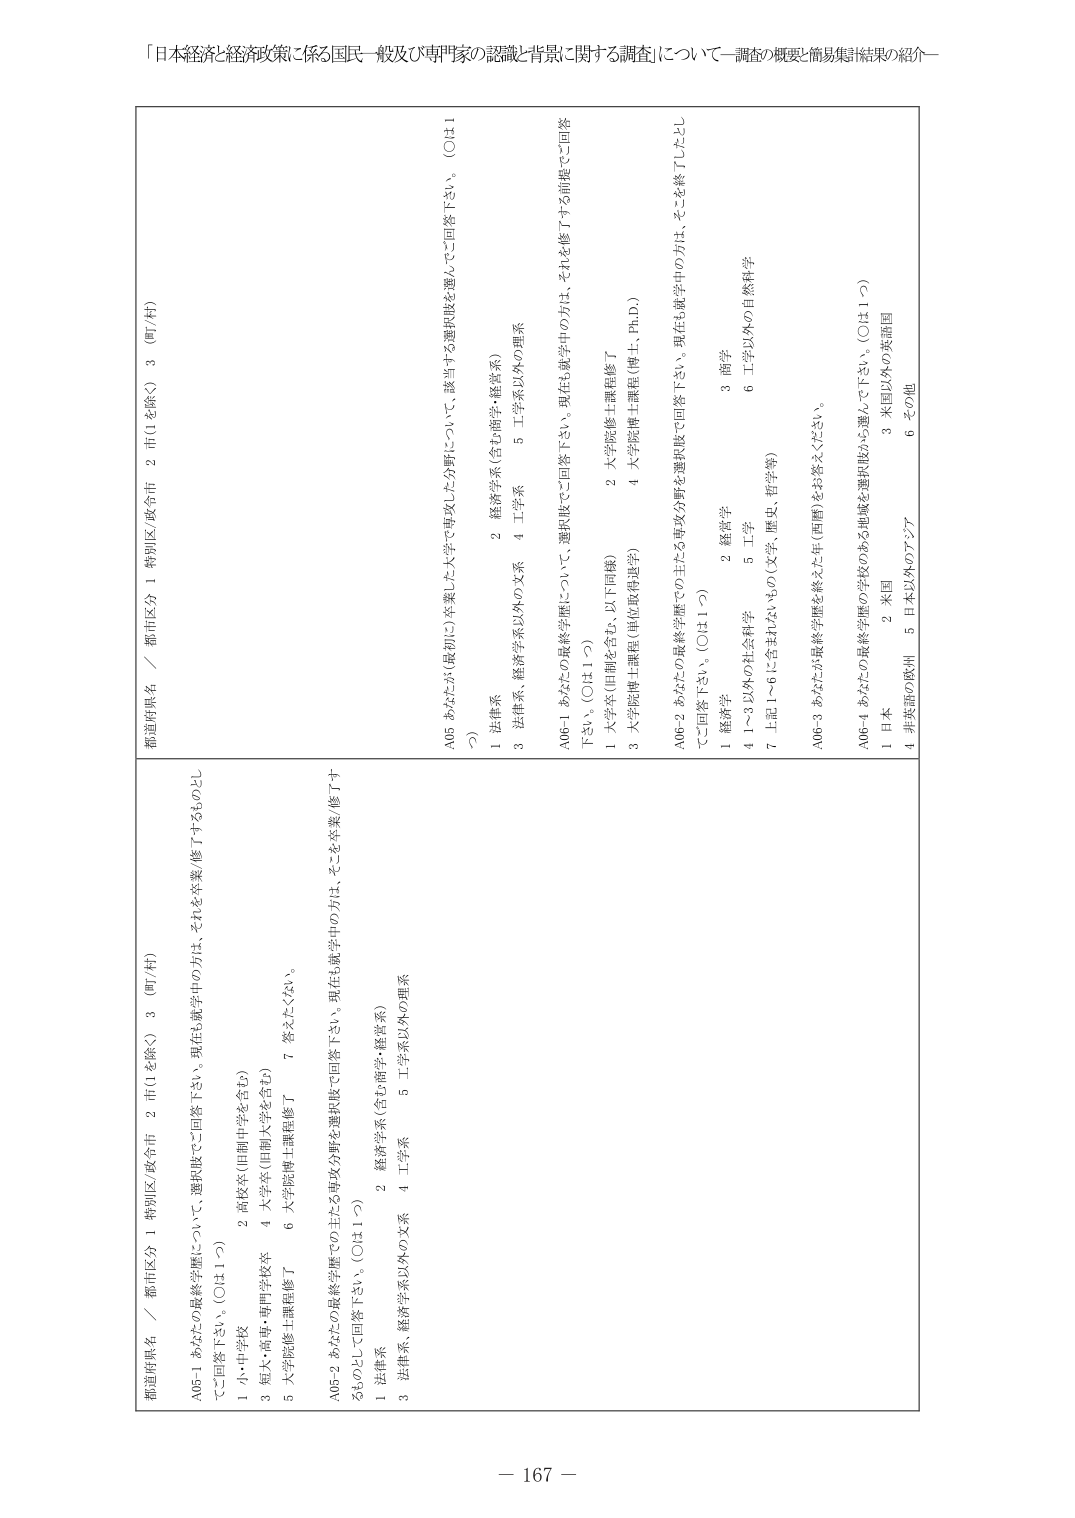
「日本経済と経済政策に係る国民一般及び専門家の認識と背景に関する調査」について―調査の概要・簡易集計結果の紹介―

都道府県名 / 都市区分 1 特別区/政令市 2 市(1を除く) 3 (町/村)
A05-1 あなたが最終学歴について、選択肢でご回答下さい。それらを卒業/修了するものとしてご回答下さい。(○は1つ)
1 小・中学校
2 高校卒(旧制中学校を含む)
3 短大・高専・専門学校卒
4 大学卒(旧制大学を含む)
5 大学院修士課程修了
7 答えたくない。
A05-2 あなたが最終学歴での主たる専攻分野を選択肢でご回答下さい。現在も就学中の方は、そこを卒業/修了するものとしてご回答下さい。(○は1つ)
1 法律系、経済学系以外の文系
2 経済学系(含む商学・経営系)
3 法律系、経済学系以外の文系
4 工学系
5 工学系以外の理系

都道府県名 / 都市区分 1 特別区/政令市 2 市(1を除く) 3 (町/村)
A06-1 あなたが最終学歴について、選択肢でご回答下さい。現在も就学中の方は、それを修了する前提でご回答下さい。(○は1つ)
1 大学卒(旧制を含む、以下同様)
2 大学院修士課程修了
3 大学院博士課程(単位取得進学)
4 大学院博士課程(博士、Ph.D.)
A06-2 あなたが最終学歴での主たる専攻分野を選択肢でご回答下さい。現在も就学中の方は、そこを修了したとしてご回答下さい。(○は1つ)
1 経済学
2 経営学
3 商学
4 1～3以外の社会科学
5 工学
6 工学以外の自然科学
7 上記1～6に含まれないもの(文学、歴史、哲学等)
A06-3 あなたが最終学歴を終えた年(西暦)をお答えください。
A06-4 あなたが最終学歴の学校のある地域を選択肢から選んで下さい。(○は1つ)
1 日本
2 米国
3 米国以外の英語圏
4 非英語の欧州
5 日本以外のアジア
6 その他

A05 あなたが(最初に)卒業した大学で専攻した分野について、該当する選択肢を選んでご回答下さい。(○は1つ)
1 法律系
2 経済学系(含む商学・経営系)
3 法律系、経済学系以外の文系
4 工学系
5 工学系以外の理系

－ 167 －